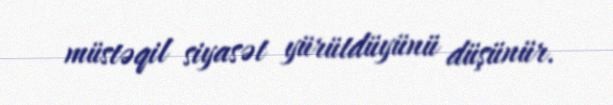
müstəqil siyasət yürütdüyünü düşünür.